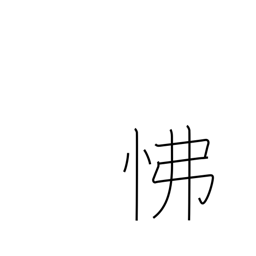
Meaning: anger